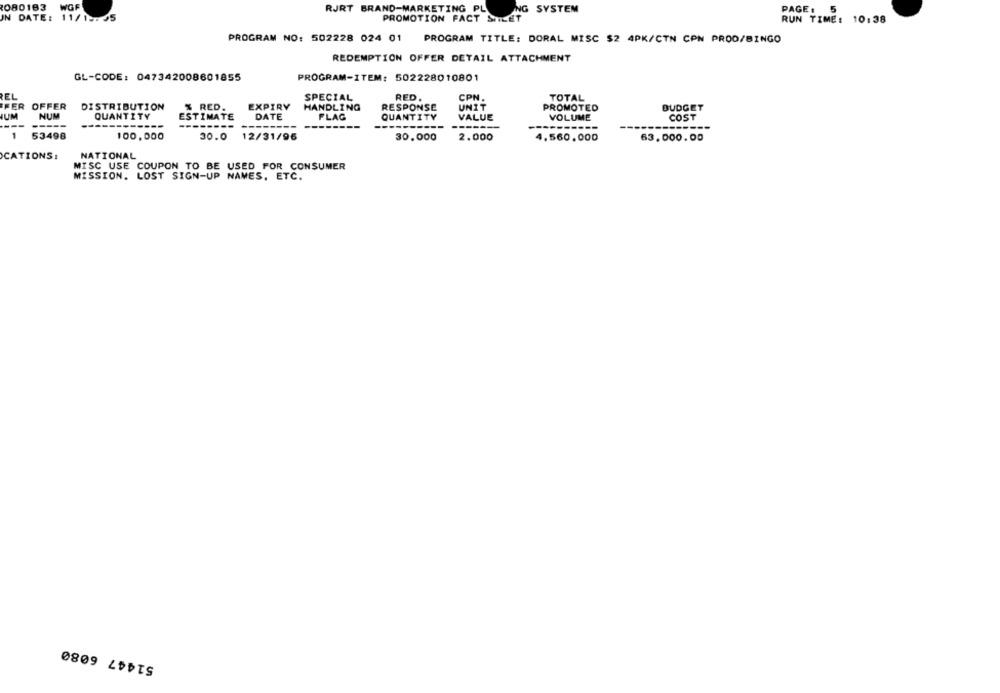
080193
WGF
RJRT BRAND-MARKETING PL ING SYSTEM
PAGE: 5
IN DATE: 11/15:55
PROMOTION FACT STILET
RUN TIME: 10:38
PROGRAM NO: 502228 024 01 PROGRAM TITLE: DORAL MISC $2 4PK/CTN CPN PROO/BINGO
REDEMPTION OFFER DETAIL ATTACHMENT
GL-CODE: 047342008601855
PROGRAM-ITEM: 502228010801
EL
SPECIAL
RED.
CPN.
TOTAL
PER OFFER
DISTRIBUTION
% RED.
EXPIRY
HANDLING
RESPONSE
UNIT
PROMOTED
BUDGET
IUM
NUM
QUANTITY
ESTIMATE
DATE
FLAG
QUANTITY
VALUE
VOLUME
COST
-------
--------
1
53498
100,000
30.0
12/31/96
30.000
2.000
4.560.000
63.000.00
CATIONS:
NATIONAL
MISC USE COUPON TO BE USED FOR CONSUMER
MISSION. LOST SIGN-UP NAMES, ETC.
51447 6080